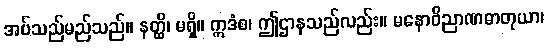
အပ်သည်မည်သည်။ နတ္ထိ၊ မရှိ။ ဣဒံစ၊ ဤဌာနသည်လည်း။ မနောဝိညာဏဓာတုယာ၊